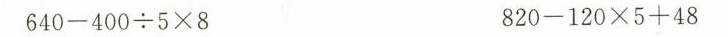
$$6 4 0 - 4 0 0 \div 5 \times 8$$ $$8 2 0 - 1 2 0 \times 5 + 4 8$$